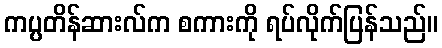
ကပ္ပတိန်ဆားလ်က စကားကို ရပ်လိုက်ပြန်သည်။